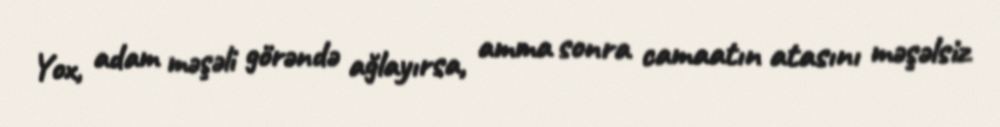
Yox, adam məşəli görəndə ağlayırsa, amma sonra camaatın atasını məşəlsiz